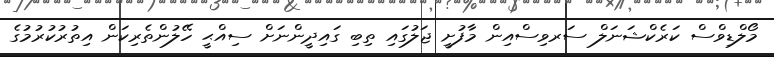
މޯލްޑިވްސް ކަރެކްޝަނަލް ސަރވިސްއިން މާފުށީ ޖަލުގައި ތިބި ގައިދީންނަށް ސިއްޙީ ހޭލުންތެރިކަން އިތުރުކުރުމުގެ